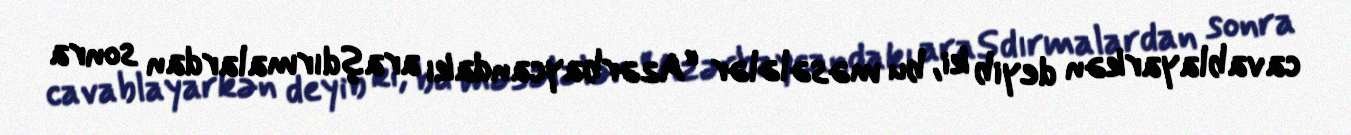
cavablayarkən deyib ki, bu məsələlər “Azərbaycandakı araşdırmalardan sonra